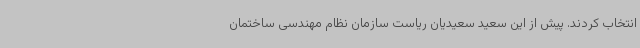
انتخاب کردند. پیش از این سعید سعیدیان ریاست سازمان نظام مهندسی ساختمان